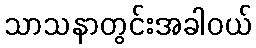
သာသနာတွင်းအခါဝယ်